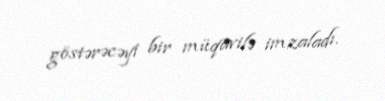
göstərəcəyi bir müqavilə imzaladı.